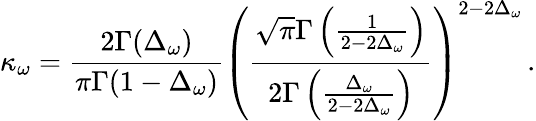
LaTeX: \kappa_{\omega}=\frac{2\Gamma(\Delta_{\omega})}{\pi\Gamma(1-\Delta_{\omega})}\left(\frac{\sqrt{\pi}\Gamma\left(\frac{1}{2-2\Delta_{\omega}}\right)}{2\Gamma\left(\frac{\Delta_{\omega}}{2-2\Delta_{\omega}}\right)}\right)^{2-2\Delta_{\omega}}\, .